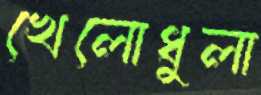
খেলোধুলা